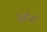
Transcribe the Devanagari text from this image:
सुईयाँ